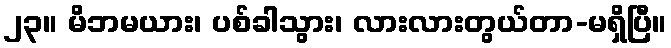
၂၃။ မိဘမယား၊ ပစ်ခါသွား၊ လားလားတွယ်တာ-မရှိပြီ။